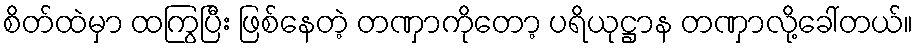
စိတ်ထဲမှာ ထကြွပြီး ဖြစ်နေတဲ့ တဏှာကိုတော့ ပရိယုဋ္ဌာန တဏှာလို့ခေါ်တယ်။